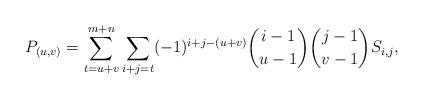
LaTeX: \begin{align*}P_{(u,v)}=\sum^{m+n}_{t=u+v} \sum_{i+j=t}(-1)^{i+j-(u+v)}{{i-1}\choose u-1}{{j-1}\choose v-1}S_{i,j},\end{align*}